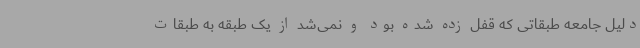
دلیل جامعه طبقاتی که قفل زده شده بود و نمی‌شد از یک طبقه به طبقات